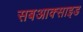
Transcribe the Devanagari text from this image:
सबआक्साइड